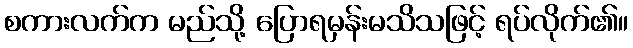
စကားလက်က မည်သို့ ပြောရမှန်းမသိသဖြင့် ရပ်လိုက်၏။